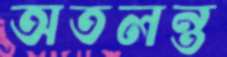
অতলন্ত